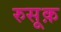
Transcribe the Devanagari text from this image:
रुसूक़